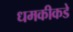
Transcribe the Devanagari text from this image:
धमकीकडे